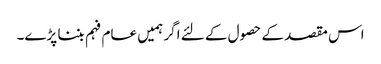
اس مقصد کے حصول کے لئے اگر ہمیں عام فہم بننا پڑے۔